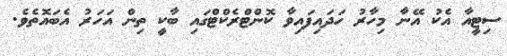
ސިޓީއާ އެކު އޭނާ މިހާރު ހަދައިފައިވާ ކޮންޓްރެކްޓްގައި ބާކީ ތިން އަހަރު އެބައޮތެވެ.